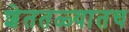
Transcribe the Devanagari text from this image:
शेततळ्यातच